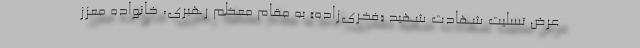
عرض تسلیت شهادت شهید «فخری‌زاده» به مقام معظم رهبری، خانواده معزّز